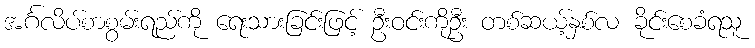
အင်္ဂလိပ်စာစွမ်းရည်ကို ရေးသားခြင်းဖြင့် ဦးဝင်းကိုဦး တစ်ဆယ့်နှစ်လ ခိုင်းစေခံရသူ